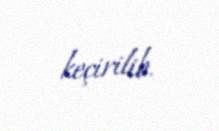
keçirilib.